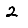
Digit: 2